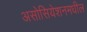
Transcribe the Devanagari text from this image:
असोसियेशनमधील